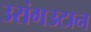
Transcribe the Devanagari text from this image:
उरांगउटान